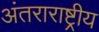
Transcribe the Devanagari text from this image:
अंतराराष्ट्रीय